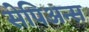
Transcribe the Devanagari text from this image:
सेपिअन्स